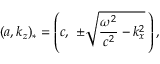
( a , k _ { z } ) _ { * } = \left( c , \, \, \pm \sqrt { \frac { \omega ^ { 2 } } { c ^ { 2 } } - k _ { x } ^ { 2 } } \, \right) ,